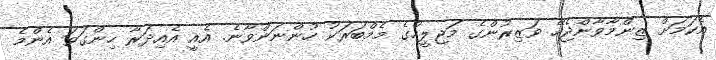
އެކަމަށް ޒިންމާވާންޖެހޭ ވަޒިރުންގެ މަޖިލީހުގެ މެމްބަރަކު ހުންނަންވާނެ. އެއީ އެއިދަރާ ހިންގަވަ އެންމެ